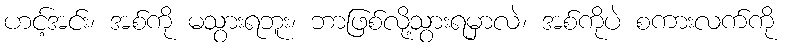
ဟင့်အင်း၊ အစ်ကို မသွားရဘူး၊ ဘာဖြစ်လို့သွားရမှာလဲ၊ အစ်ကိုပဲ စကားလက်ကို